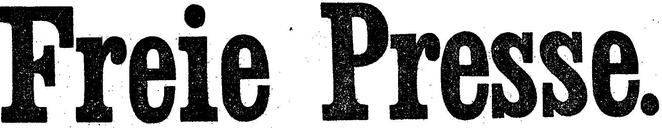
Freie Presse.